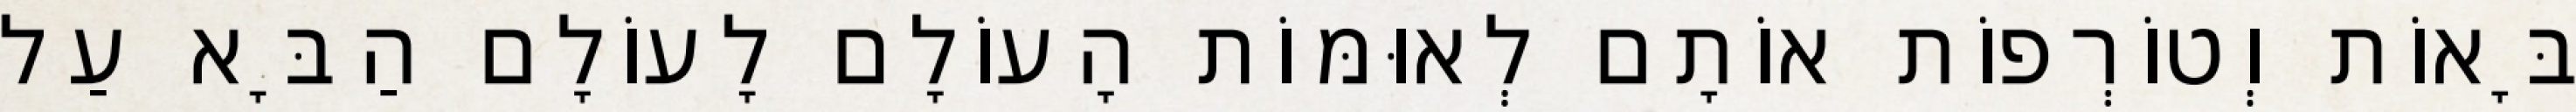
בָּאוֹת וְטוֹרְפוֹת אוֹתָם לְאוּמּוֹת הָעוֹלָם לָעוֹלָם הַבָּא עַל